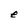
Character: e